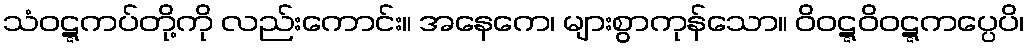
သံဝဋ္ဋကပ်တို့ကို လည်းကောင်း။ အနေကေ၊ များစွာကုန်သော။ ဝိဝဋ္ဋဝိဝဋ္ဋကပ္ပေပိ၊